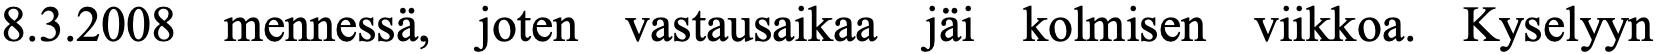
8.3.2008 mennessä, joten vastausaikaa jäi kolmisen viikkoa. Kyselyyn